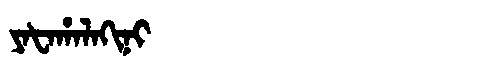
Manchu: ᠶᠠᡶᠠᡥᠠᠯᠠᡴᡳᠨᡳ
Romanization: YAFAHALAKINI